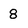
Character: 8